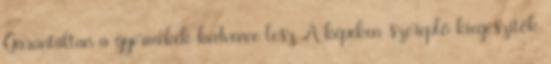
Garantáltan a gyermekek kedvence lesz A képeken szereplő kiegészítők